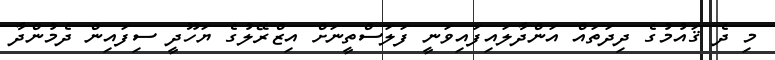
މި ދެ ޤައުމުގެ ދިދަތައް އަންދާލައިފައިވަނީ ފަލަސްތީނަށް އިޒްރޭލުގެ ޔަހޫދީ ސިފައިން ދެމުންދާ